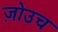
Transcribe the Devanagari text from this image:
ज़ोउच